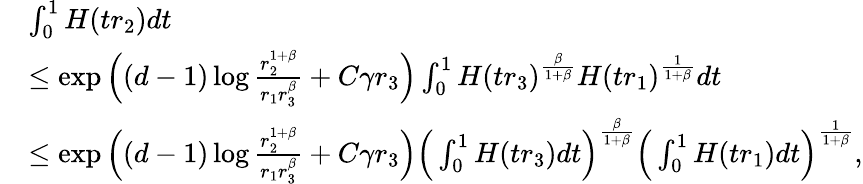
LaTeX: \begin{array}{rl}&{\int_{0}^{1}H(tr_{2})dt}\\ &{\le\exp\Big((d-1)\log\frac{r_{2}^{1+\beta}}{r_{1}r_{3}^{\beta}}+C\gamma r_{3}\Big)\int_{0}^{1}H(tr_{3})^{\frac{\beta}{1+\beta}}H(tr_{1})^{\frac{1}{1+\beta}}dt}\\ &{\le\exp\Big((d-1)\log\frac{r_{2}^{1+\beta}}{r_{1}r_{3}^{\beta}}+C\gamma r_{3}\Big)\Big(\int_{0}^{1}H(tr_{3})dt\Big)^{\frac{\beta}{1+\beta}}\Big(\int_{0}^{1}H(tr_{1})dt\Big)^{\frac{1}{1+\beta}},}\end{array}